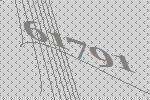
61791